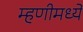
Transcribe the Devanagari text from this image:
म्हणीमध्ये